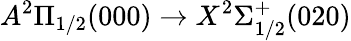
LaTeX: A^{2}\Pi_{1/2}(000)\rightarrow X^{2}\Sigma_{1/2}^{+}(020)